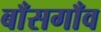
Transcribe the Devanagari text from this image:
बाँसगाँव